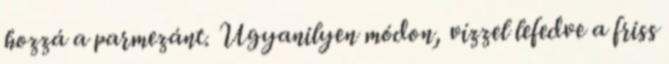
hozzá a parmezánt. Ugyanilyen módon, vízzel lefedve a friss